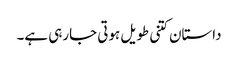
داستان کتنی طویل ہوتی جارہی ہے۔